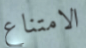
الامتناع